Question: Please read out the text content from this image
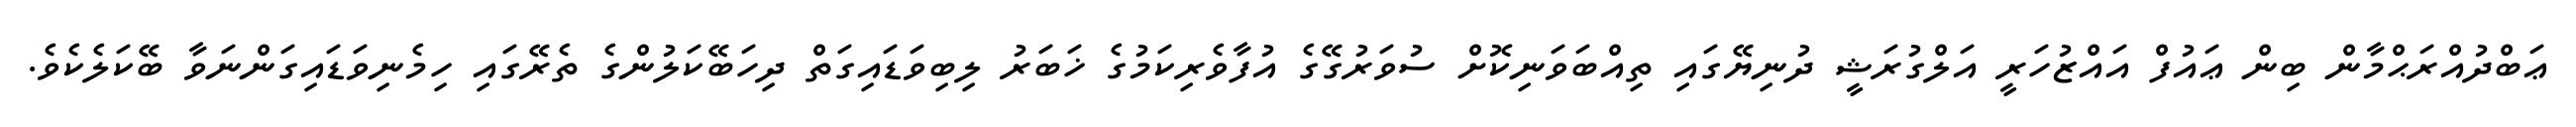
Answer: ޢަބްދުއްރަޙްމާން ބިން ޢައުފް އައްޒުހަރީ އަލްގުރަޝީ ދުނިޔޭގައި ތިއްބަވަނިކޮށް ސުވަރުގޭގެ އުފާވެރިކަމުގެ ޚަބަރު ލިބިވަޑައިގަތް ދިހަބޭކަލުންގެ ތެރޭގައި ހިމެނިވަޑައިގަންނަވާ ބޭކަލެކެވެ.